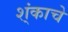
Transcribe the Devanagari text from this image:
श्ंकाचे